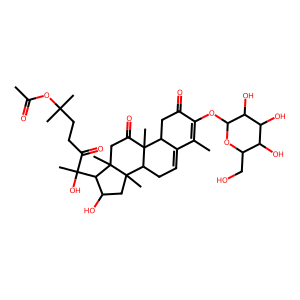
SMILES: CC(=O)OC(C)(C)CCC(=O)C(C)(O)C1C(O)CC2(C)C3CC=C4C(C)=C(OC5OC(CO)C(O)C(O)C5O)C(=O)CC4C3(C)C(=O)CC12C
Inhibits HIV replication: No